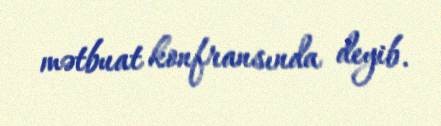
mətbuat konfransında deyib.